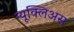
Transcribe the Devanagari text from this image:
न्यूक्लिअस